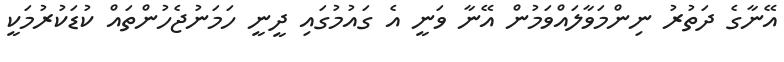
އޭނާގެ ދަތުރު ނިންމަވާލައްވަމުން އޭނާ ވަނީ އެ ގައުމުގައި ދީނީ ހަމަނުޖެހުންތައް ކުޑަކުރުމަކީ